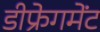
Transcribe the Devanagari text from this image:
डीफ्रेगमेंट